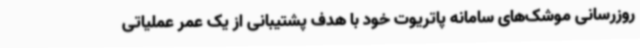
روزرسانی موشک‌های سامانه پاتریوت خود با هدف پشتیبانی از یک عمر عملیاتی